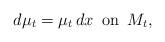
LaTeX: \begin{align*}d \mu_t = \mu_t \, dx \, \textrm{ on }\, M_t,\end{align*}